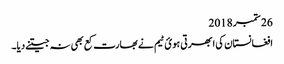
26 ستمبر 2018
افغانستان کی ابھرتی ہویٔ ٹیم نے بھارت کع بھی نہ جیتنے دیا۔